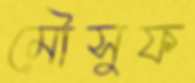
মৌসুফ